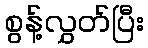
စွန့်လွှတ်ပြီး